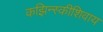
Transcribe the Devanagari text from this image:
कझिन्स्कीशिवाय